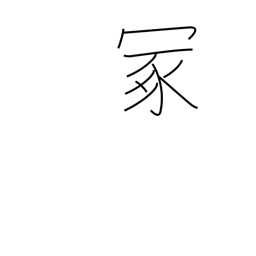
Meaning: hillock